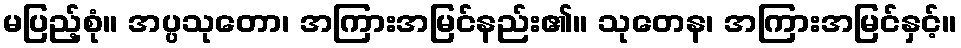
မပြည့်စုံ။ အပ္ပသုတော၊ အကြားအမြင်နည်း၏။ သုတေန၊ အကြားအမြင်နှင့်။